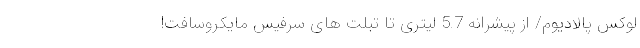
لوکس پالادیوم/ از پیشرانه 5.7 لیتری تا تبلت های سرفیس مایکروسافت!